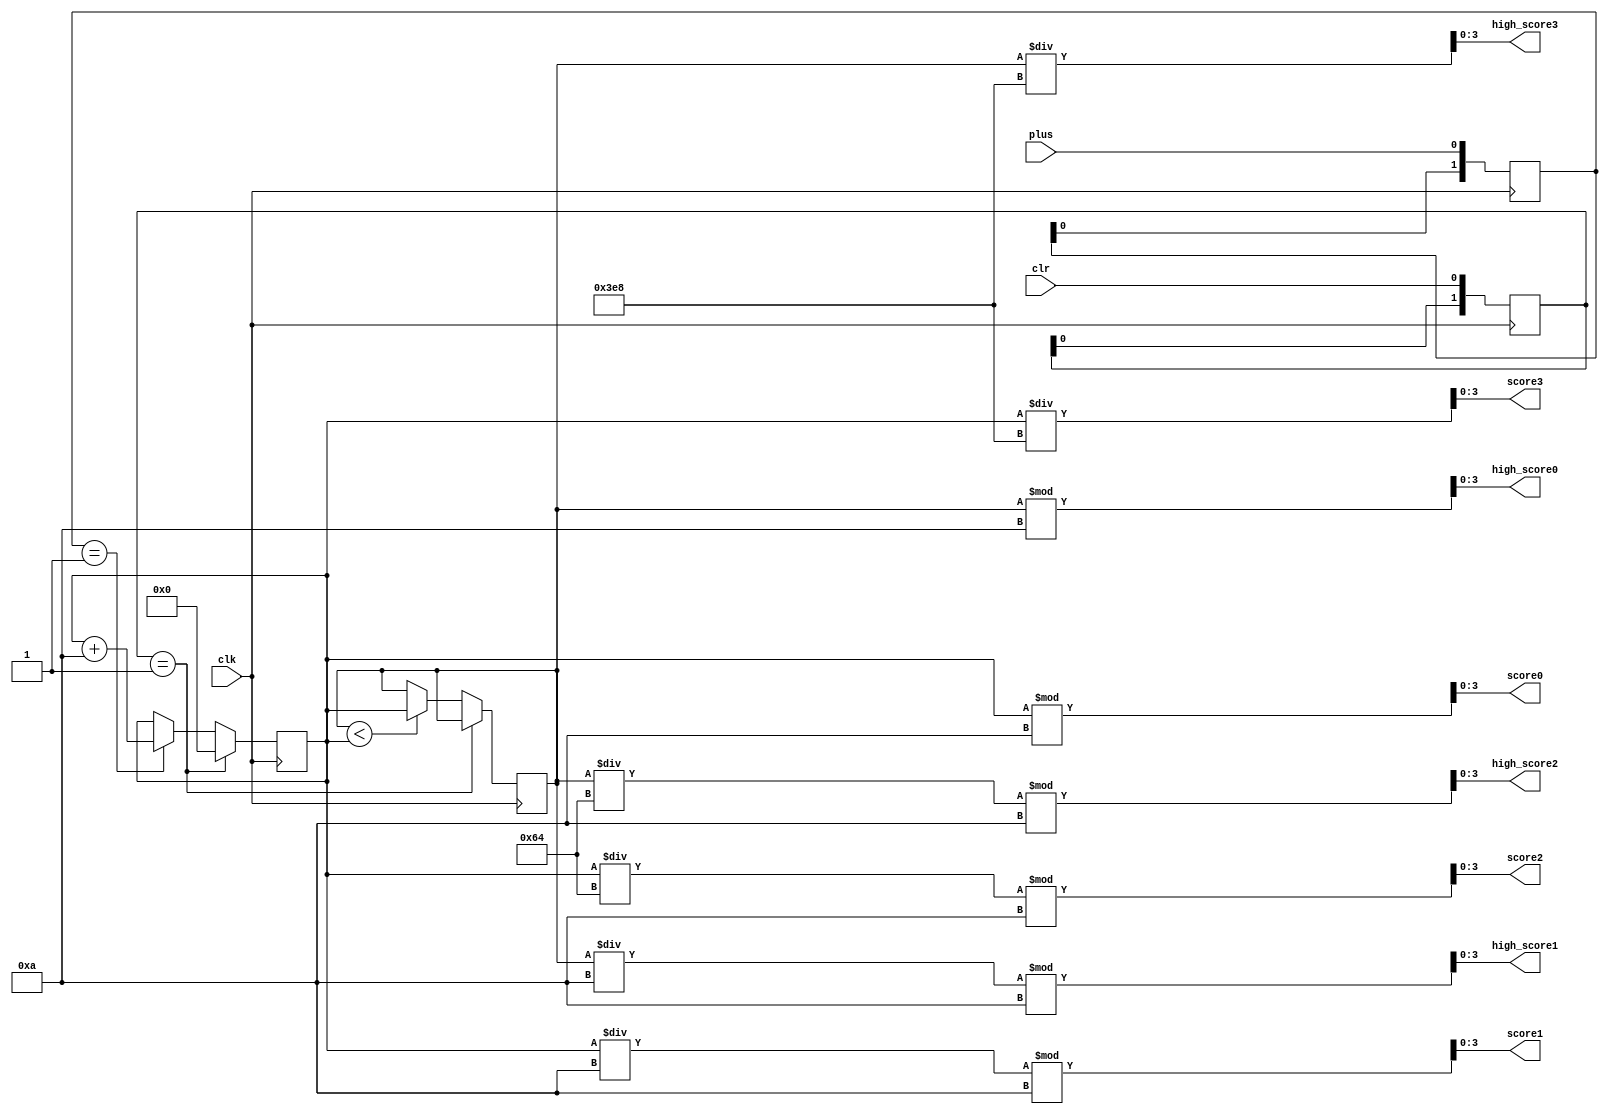
module Counter(
    input wire clk, clr,
	input wire plus,
	output wire [3:0] score0, score1, score2, score3, high_score0, high_score1, high_score2, high_score3
	);
	
	reg [9:0] score, high_score;
	reg [1:0] filter_plus, filter_rst;
	
	initial
	begin
		score       <= 10'b0;
		high_score  <= 10'b0;
		filter_plus <= 2'b0;
		filter_rst  <= 2'b0;
	end
	
	always @ (posedge clk)
	begin
		filter_plus <= {filter_plus[0], plus};
		filter_rst  <= {filter_rst[0], clr};
		if (filter_rst == 2'b01)
		begin
			score <= 10'b0;
		end
		else
		begin
			if (filter_plus == 2'b01)
				score <= score + 10;
			if (high_score < score)
				high_score <= score;
		end
	end
	
	//===========================================================
	// Change the score into BCD codes
	//===========================================================
	assign score0 = score % 10;
	assign score1 = (score / 10) % 10;
	assign score2 = (score / 100) % 10;
	assign score3 = score / 1000;
	
	assign high_score0 = high_score % 10;
	assign high_score1 = (high_score / 10) % 10;
	assign high_score2 = (high_score / 100) % 10;
	assign high_score3 = high_score / 1000;

endmodule